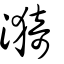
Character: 漪